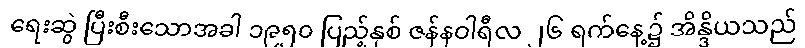
ရေးဆွဲ ပြီးစီးသောအခါ ၁၉၅၀ ပြည့်နှစ် ဇန်နဝါရီလ ၂၆ ရက်နေ့၌ အိန္ဒိယသည်